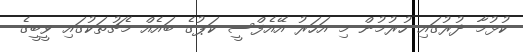
ކުޅުމާ ދުރުގައި ހުރުމުން މި އަހަރު އޭއެފްސީ ކަޕުގެ ބައެއް މެޗުތަކުގައި ވީބީގެ